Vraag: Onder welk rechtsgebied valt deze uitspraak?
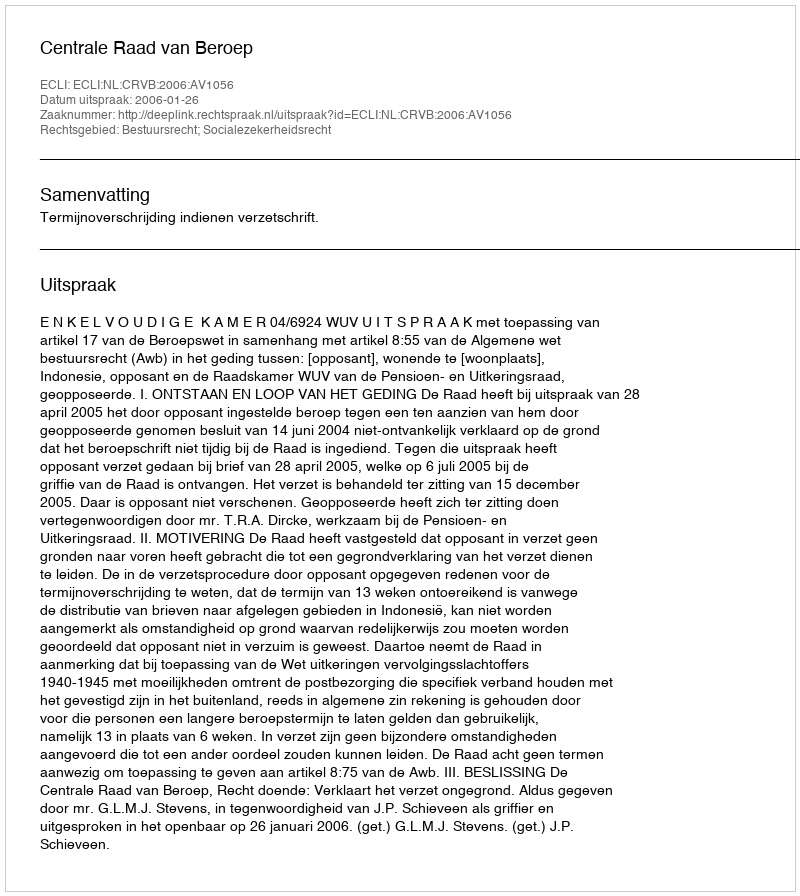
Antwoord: Bestuursrecht; Socialezekerheidsrecht